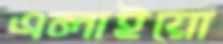
এলাইয়ো